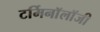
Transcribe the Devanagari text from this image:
टर्मिनाॅलाॅजी